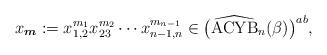
LaTeX: \begin{gather*} x_{{\boldsymbol{m}}}:= x_{1,2}^{m_1} x_{23}^{m_2} \cdots x_{n-1,n}^{m_{n-1}}\in \big({\widehat{{\rm ACYB}}}_n(\beta)\big)^{ab},\end{gather*}